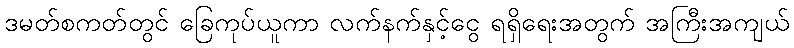
ဒမတ်စကတ်တွင် ခြေကုပ်ယူကာ လက်နက်နှင့်ငွေ ရရှိရေးအတွက် အကြီးအကျယ်